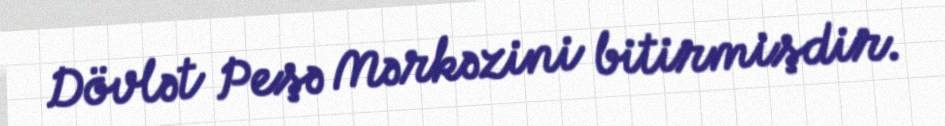
Dövlət Peşə Mərkəzini bitirmişdir.